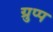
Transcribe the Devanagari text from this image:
ग्रुप्प